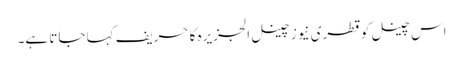
اس چینل کو قطری نیوز چینل الجزیرہ کا حریف کہا جاتا ہے۔